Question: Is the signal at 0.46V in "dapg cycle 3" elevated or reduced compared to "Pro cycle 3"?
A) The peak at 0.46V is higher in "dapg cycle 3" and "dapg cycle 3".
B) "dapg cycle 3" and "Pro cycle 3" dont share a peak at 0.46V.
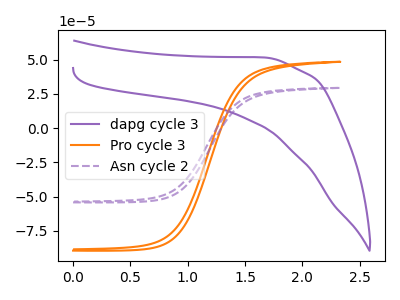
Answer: <think>The purple curve "dapg cycle 3" has no peaks. The orange curve "Pro cycle 3" has no peaks. The purple dashed curve "Asn cycle 2" has no peaks.</think>
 <answer>B) "dapg cycle 3" and "Pro cycle 3" dont share a peak at 0.46V.</answer>
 <eval>B</eval>